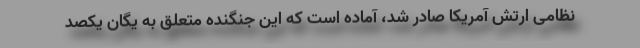
نظامی ارتش آمریکا صادر شد، آماده است که این جنگنده متعلق به یگان یکصد